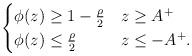
LaTeX: \begin{align*} \begin{cases}\phi(z) \geq 1- \frac{\rho}{2} & z \geq A^+ \\\phi(z) \leq \frac{\rho}{2} & z \leq -A^+ .\end{cases}\end{align*}